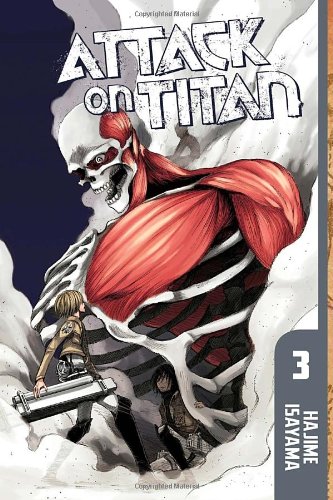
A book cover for Attack on Titan 3; Hajime Isayama; Comics & Graphic Novels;